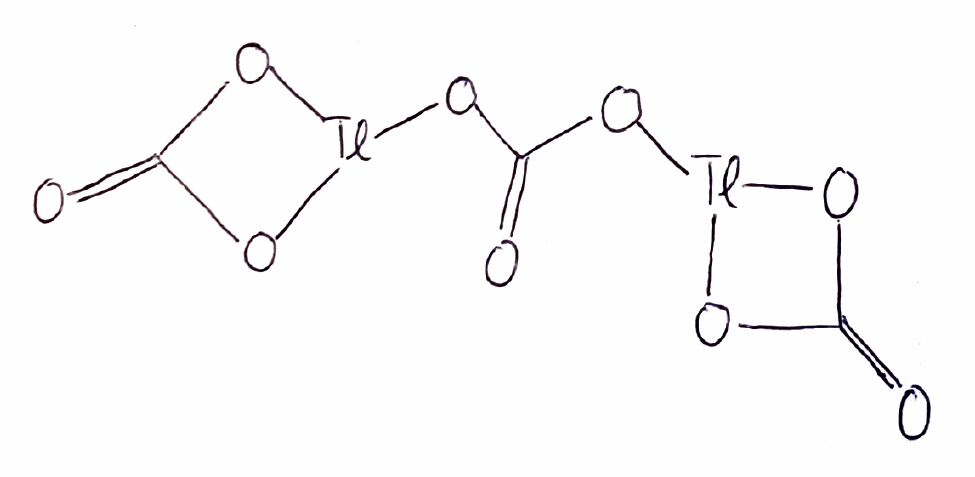
Simplified molecular-input line-entry system (SMILES) notation of the given molecule:
C1(=O)O[Tl](O1)OC(=O)O[Tl]2OC(=O)O2